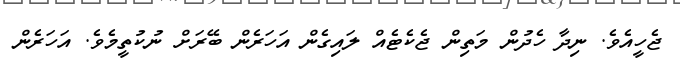
ޖެހީއެވެ. ނިދާ ހެދުން މަތިން ޖެކެޓެއް ލައިގެން އަހަރެން ބޭރަށް ނުކުތީމެވެ. އަހަރެން